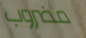
مضروب